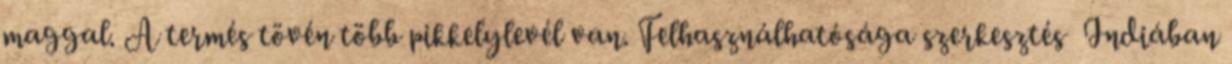
maggal. A termés tövén több pikkelylevél van. Felhasználhatósága szerkesztés Indiában